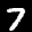
Label: 7